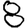
Digit: 8